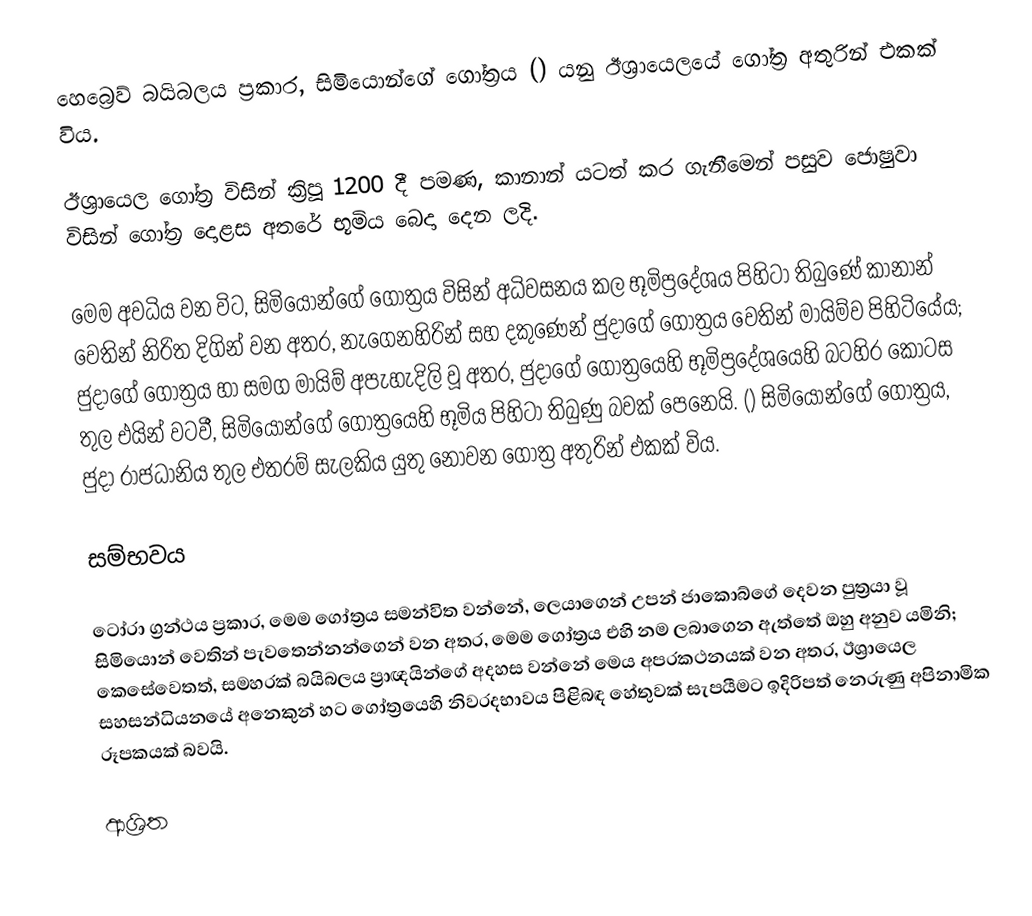
හෙබ්‍රෙව්  බයිබලය ප්‍රකාර, සිමියොන්ගේ ගෝත්‍රය () යනු   ඊශ්‍රායෙලයේ ගෝත්‍ර අතුරින් එකක් විය.

ඊශ්‍රායෙල ගෝත්‍ර විසින්  ක්‍රිපූ 1200 දී පමණ, කානාන්  යටත් කර ගැනීමෙන් පසුව ජොෂුවා විසින් ගෝත්‍ර දොළස අතරේ භූමිය බෙදා දෙන ලදි.

මෙම අවධිය වන විට, සිමියොන්ගේ ගෝත්‍රය විසින් අධිවසනය කල භූමිප්‍රදේශය පිහිටා තිබුණේ  කානාන් වෙතින් නිරිත දිගින් වන අතර, නැගෙනහිරින් සහ දකුණෙන්  ජුදාගේ ගෝත්‍රය වෙතින් මායිම්ව පිහිටියේය; ජුදාගේ ගෝත්‍රය හා සමග මායිම් අපැහැදිලි වූ අතර, ජුදාගේ ගෝත්‍රයෙහි භූමිප්‍රදේශයෙහි බටහිර කොටස තුල එයින් වටවී, සිමියොන්ගේ ගෝත්‍රයෙහි භූමිය පිහිටා තිබුණු බවක් පෙනෙයි. () සිමියොන්ගේ ගෝත්‍රය,  ජුදා රාජධානිය තුල එතරම් සැලකිය යුතු නොවන ගෝත්‍ර අතුරින් එකක් විය.

සම්භවය

ටෝරා ග්‍රන්ථය ප්‍රකාර, මෙම ගෝත්‍රය සමන්විත වන්නේ,  ලෙයාගෙන් උපන් ජාකොබ්ගේ දෙවන පුත්‍රයා වූ සිමියොන් වෙතින් පැවතෙන්නන්ගෙන් වන අතර, මෙම ගෝත්‍රය එහි නම ලබාගෙන ඇත්තේ ඔහු අනුව යමිනි; කෙසේවෙතත්, සමහරක් බයිබලය ප්‍රාඥයින්ගේ අදහස වන්නේ මෙය අපරකථනයක් වන අතර, ඊශ්‍රායෙල සහසන්ධියනයේ අනෙකුන් හට ගෝත්‍රයෙහි නිවරදභාවය පිළිබඳ හේතුවක් සැපයීමට ඉදිරිපත් නෙරුණු  අපිනාමික  රූපකයක් බවයි.

ආශ්‍රිත